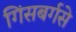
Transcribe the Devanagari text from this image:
गिंसबर्गसे